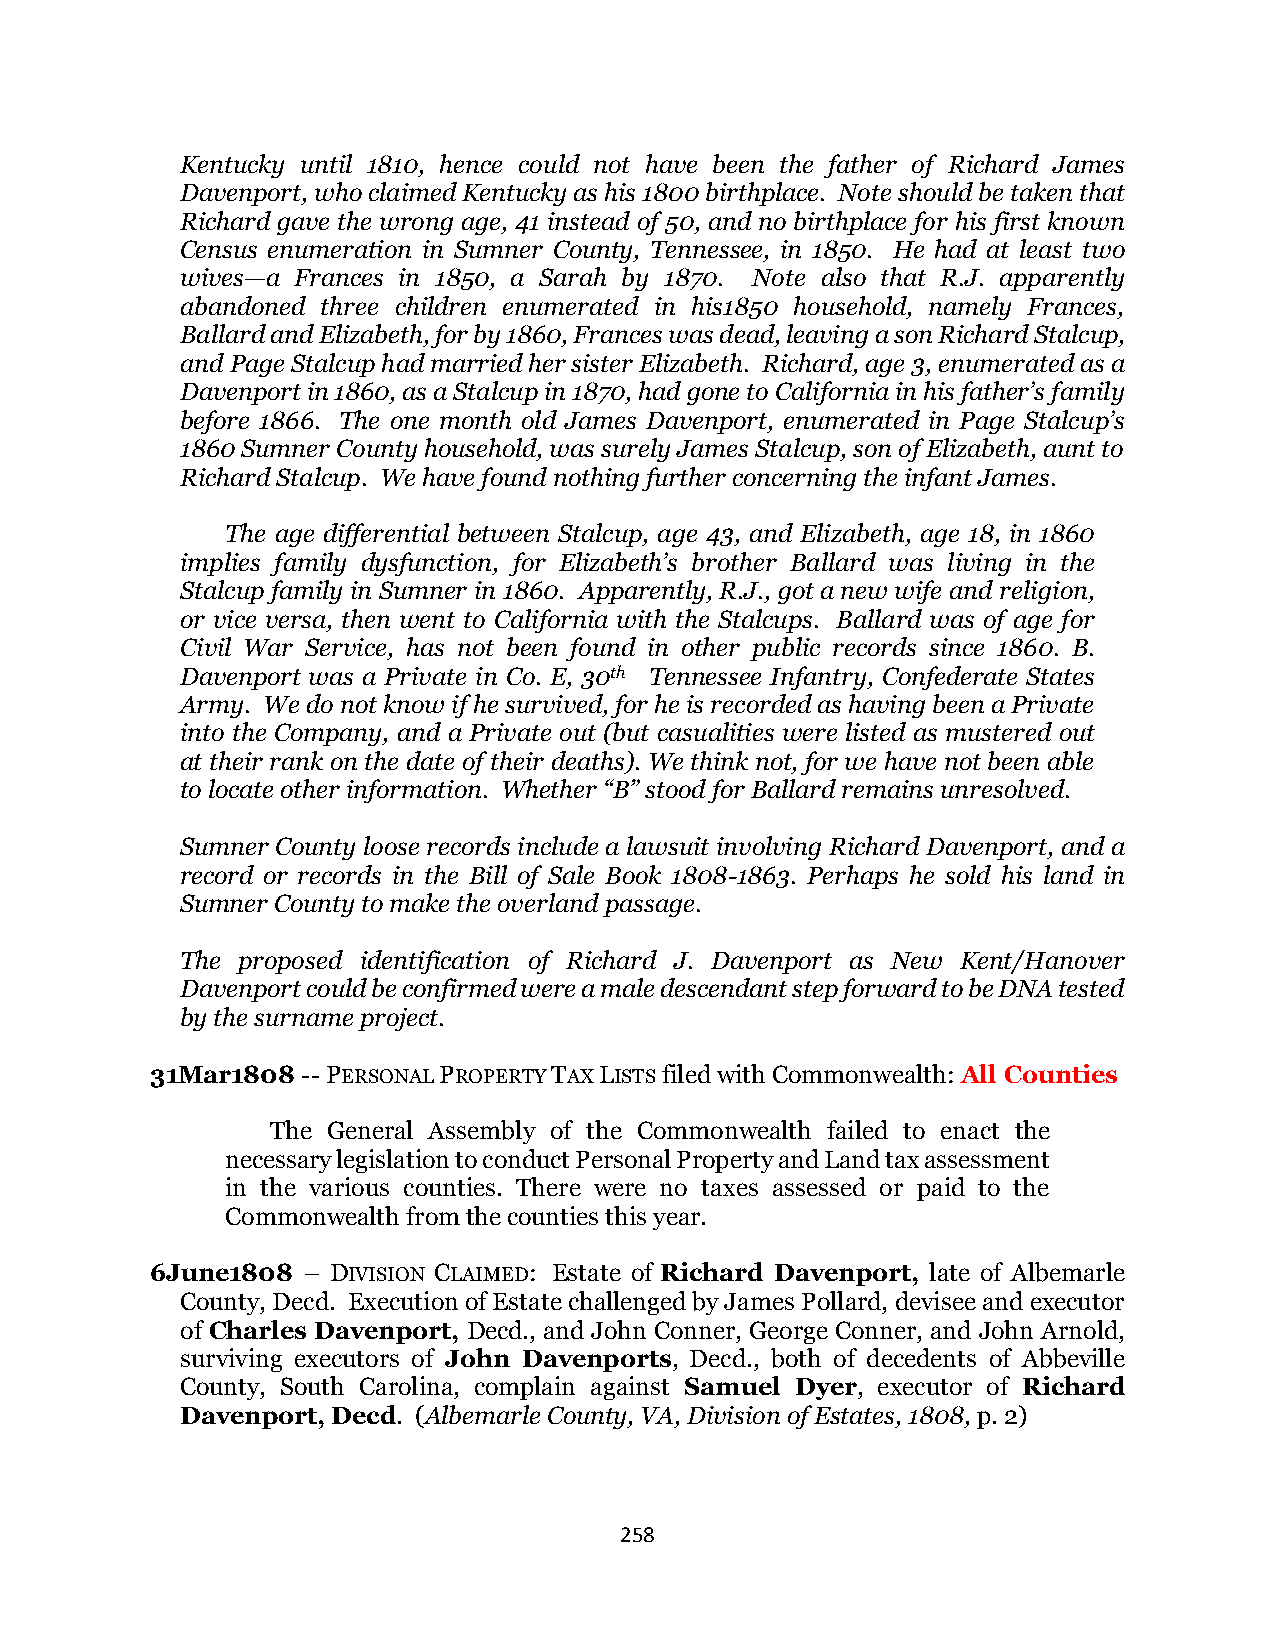
Kentucky until 1810, hence could not have been the father of Richard James
 Davenport, who claimed Kentucky as his 1800 birthplace. Note should be taken that
 Richard gave the wrong age, 41 instead of 50, and no birthplace for his first known
 Census enumeration in Sumner County, Tennessee, in 1850. He had at least two
 wives—a Frances in 1850, a Sarah by 1870. Note also that R.J. apparently
 abandoned three children enumerated in his1850 household, namely Frances,
 Ballard and Elizabeth, for by 1860, Frances was dead, leaving a son Richard Stalcup,
 and Page Stalcup had married her sister Elizabeth. Richard, age 3, enumerated as a
 Davenport in 1860, as a Stalcup in 1870, had gone to California in his father’s family
 before 1866. The one month old James Davenport, enumerated in Page Stalcup’s
 1860 Sumner County household, was surely James Stalcup, son of Elizabeth, aunt to
 Richard Stalcup. We have found nothing further concerning the infant James.
 The age differential between Stalcup, age 43, and Elizabeth, age 18, in 1860
 implies family dysfunction, for Elizabeth’s brother Ballard was living in the
 Stalcup family in Sumner in 1860. Apparently, R.J., got a new wife and religion,
 or vice versa, then went to California with the Stalcups. Ballard was of age for
 Civil War Service, has not been found in other public records since 1860. B.
 Davenport was a Private in Co. E, 30th Tennessee Infantry, Confederate States
 Army. We do not know if he survived, for he is recorded as having been a Private
 into the Company, and a Private out (but casualities were listed as mustered out
 at their rank on the date of their deaths). We think not, for we have not been able
 to locate other information. Whether “B” stood for Ballard remains unresolved.
 Sumner County loose records include a lawsuit involving Richard Davenport, and a
 record or records in the Bill of Sale Book 1808-1863. Perhaps he sold his land in
 Sumner County to make the overland passage.
 The proposed identification of Richard J. Davenport as New Kent/Hanover
 Davenport could be confirmed were a male descendant step forward to be DNA tested
 by the surname project.
 31Mar1808 -- PERSONAL PROPERTY TAX LISTS filed with Commonwealth: All Counties
 The General Assembly of the Commonwealth failed to enact the
 necessary legislation to conduct Personal Property and Land tax assessment
 in the various counties. There were no taxes assessed or paid to the
 Commonwealth from the counties this year.
 6June1808 – DIVISION CLAIMED: Estate of Richard Davenport, late of Albemarle
 County, Decd. Execution of Estate challenged by James Pollard, devisee and executor
 of Charles Davenport, Decd., and John Conner, George Conner, and John Arnold,
 surviving executors of John Davenports, Decd., both of decedents of Abbeville
 County, South Carolina, complain against Samuel Dyer, executor of Richard
 Davenport, Decd. (Albemarle County, VA, Division of Estates, 1808, p. 2)
 258